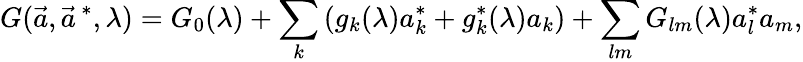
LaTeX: G(\vec{a},\vec{a}^{\, *},\lambda)=G_{0}(\lambda)+\sum_{k}\left(g_{k}(\lambda)a_{k}^{*}+g_{k}^{*}(\lambda)a_{k}\right)+\sum_{lm}G_{lm}(\lambda)a_{l}^{*}a_{m},